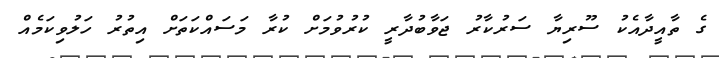
ގެ ތާއީދާއެކު ސޫރިޔާ ސަރުކާރު ޖަވާބުދާރީ ކުރުވުމަށް ކުރާ މަސައްކަތަށް އިތުރު ހަލުވިކަމެއް